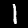
Label: 1